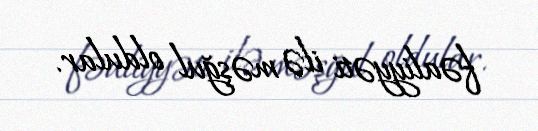
fəaliyyəti ilə məşğul oldular.